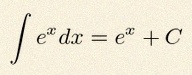
\int e^x dx=e^x+C